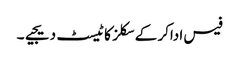
فیس اداکر کے سکلز کا ٹیسٹ دیجیے۔